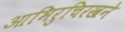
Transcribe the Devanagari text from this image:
आभिरुचिरखने